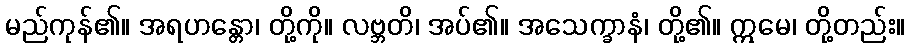
မည်ကုန်၏။ အရဟန္တော၊ တို့ကို။ လဗ္ဘတိ၊ အပ်၏။ အသေက္ခာနံ၊ တို့၏။ ဣမေ၊ တို့တည်း။